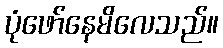
ပုံဖော်နေမိလေသည်။